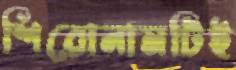
শিরোনামটিই